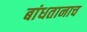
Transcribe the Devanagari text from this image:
बांधतानाच